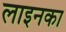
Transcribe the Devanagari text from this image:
लाइनका